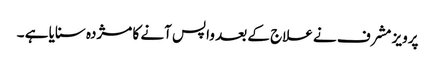
پرویز مشرف نے علاج کے بعد واپس آنے کا مژدہ سنایا ہے ۔